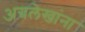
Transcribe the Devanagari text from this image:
अग्रलेखांना